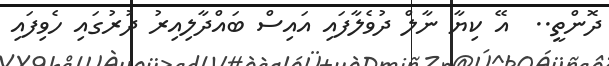
ދޮންތީ..  އޭ ކިޔާ ނާލް ދުވެލާފައި އައިސް ބައްދާލިއިރު ދުރުގައި ހެވިފައި